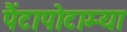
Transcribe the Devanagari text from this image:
पैंटापोटाम्या